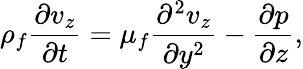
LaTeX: \rho_{f}\frac{\partial v_{z}}{\partial t}=\mu_{f}\frac{\partial^{2}v_{z}}{\partial y^{2}}-\frac{\partial p}{\partial z},